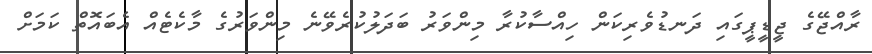
ރާއްޖޭގެ ޖީޑީޕީގައި ދަނޑުވެރިކަން ހިއްސާކުރާ މިންވަރު ބަދަލުކުރެވޭނެ މިންވަރުގެ މާކެޓެއް އެބައޮތް ކަމަށް